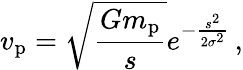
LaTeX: v_{\mathrm{p}}=\sqrt{\frac{Gm_{\mathrm{p}}}{s}}e^{-\frac{s^{2}}{2\sigma^{2}}}\, ,